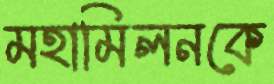
মহামিলনকে